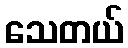
သေတယ်